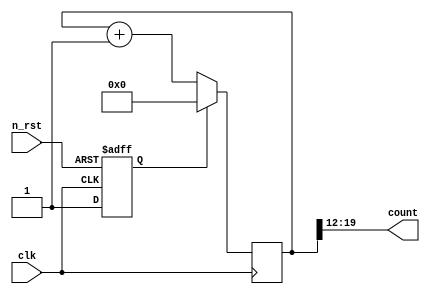
module osc_counter (
    input wire n_rst,
    input wire clk,               // input from the oscillator
    output reg [7:0] count        // 8 bit out to the leds
    );

    reg rst;
    assign count = counter[19:12]; // top 8 bits of the counter
    // 20 bit counter, 6M oscillator should roll the top bit once every ~6 seconds
    reg [19:0] counter;

    initial begin
        $dumpfile ("osc_counter.vcd");
        $dumpvars (0, osc_counter);
    end

    // reset handling
    always @(posedge clk or posedge n_rst) begin
        if(n_rst)
            rst <= 1'b0;
        else
            rst <= 1'b1;
    end

    // counter
    always @(posedge clk) begin
        if(rst) begin
            counter <= 0;
        end else begin
            counter <= counter + 1;
        end
    end

endmodule